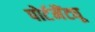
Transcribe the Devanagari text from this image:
पोर्टमैंट्यू